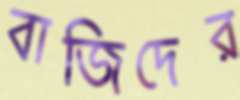
বাজিদের